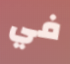
في